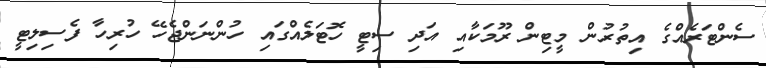
ސެންޓަރެއްގެ އިތުރުން މީޓިން ރޫމަކާއި އަދި ސިޓީ ހޮޓަލެއްގައި ހުންނަންޖެހޭ ހުރިހާ ފެސިލިޓީ